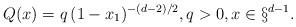
LaTeX: \begin{align*}Q(x) = q\,(1-x_1)^{-(d-2)/2}, q > 0, x\in\S^{d-1}.\end{align*}